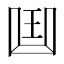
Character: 𠚖